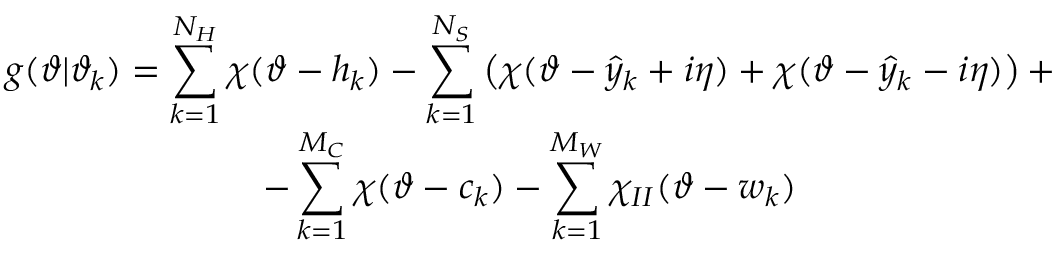
\begin{array} { c } { { g ( \vartheta | \vartheta _ { k } ) = \displaystyle \sum _ { k = 1 } ^ { N _ { H } } \chi ( \vartheta - h _ { k } ) - \displaystyle \sum _ { k = 1 } ^ { N _ { S } } \left( \chi ( \vartheta - \hat { y } _ { k } + i \eta ) + \chi ( \vartheta - \hat { y } _ { k } - i \eta ) \right) + } } \\ { { - \displaystyle \sum _ { k = 1 } ^ { M _ { C } } \chi ( \vartheta - c _ { k } ) - \displaystyle \sum _ { k = 1 } ^ { M _ { W } } \chi _ { I I } ( \vartheta - w _ { k } ) } } \end{array}